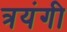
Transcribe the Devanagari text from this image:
त्रयंगी